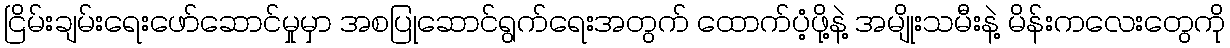
ငြိမ်းချမ်းရေးဖော်ဆောင်မှုမှာ အစပြုဆောင်ရွက်ရေးအတွက် ထောက်ပံ့ဖို့နဲ့ အမျိုးသမီးနဲ့ မိန်းကလေးတွေကို